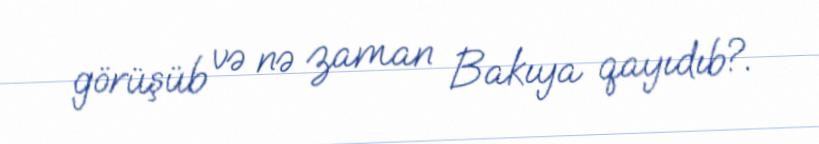
görüşüb və nə zaman Bakıya qayıdıb?.